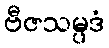
ဗီဇသမ္ပဒံ